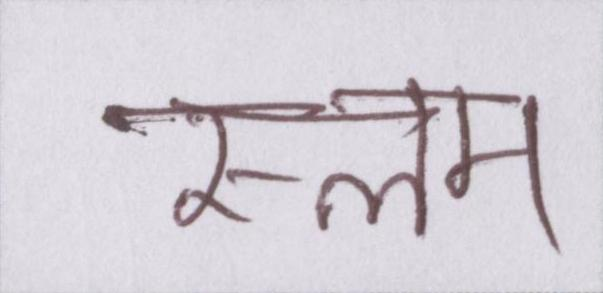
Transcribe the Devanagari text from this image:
स्लम